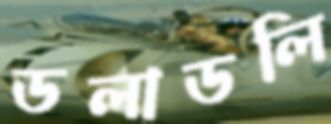
ডলাডলি